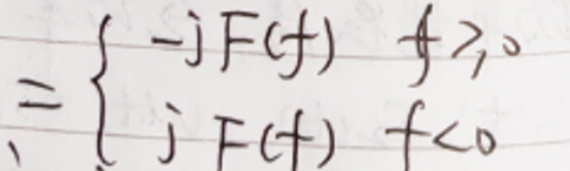
\[
= \begin{cases}
- jF(f) & f > 0 \\
jF(f) & f < 0
\end{cases}
\]